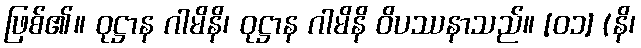
ဖြစ်၏။ ဝုဋ္ဌာန ဂါမိနိ၊ ဝုဋ္ဌာန ဂါမိနိ ဝိပဿနာသည်။ [၀၁] (နိ၊